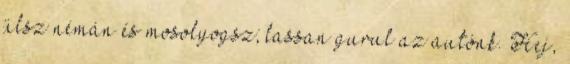
ülsz némán és mosolyogsz; lassan gurul az autónk. Hej,